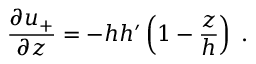
\frac { \partial u _ { + } } { \partial z } = - h h ^ { \prime } \left( 1 - \frac { z } { h } \right) \; .